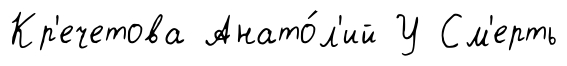
Кр'ечетова Анато́л'ий У См'ерть